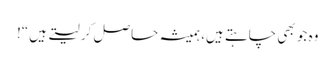
وہ جو بھی چاہتے ہیں، ہمیشہ حاصل کر لیتے ہیں“!